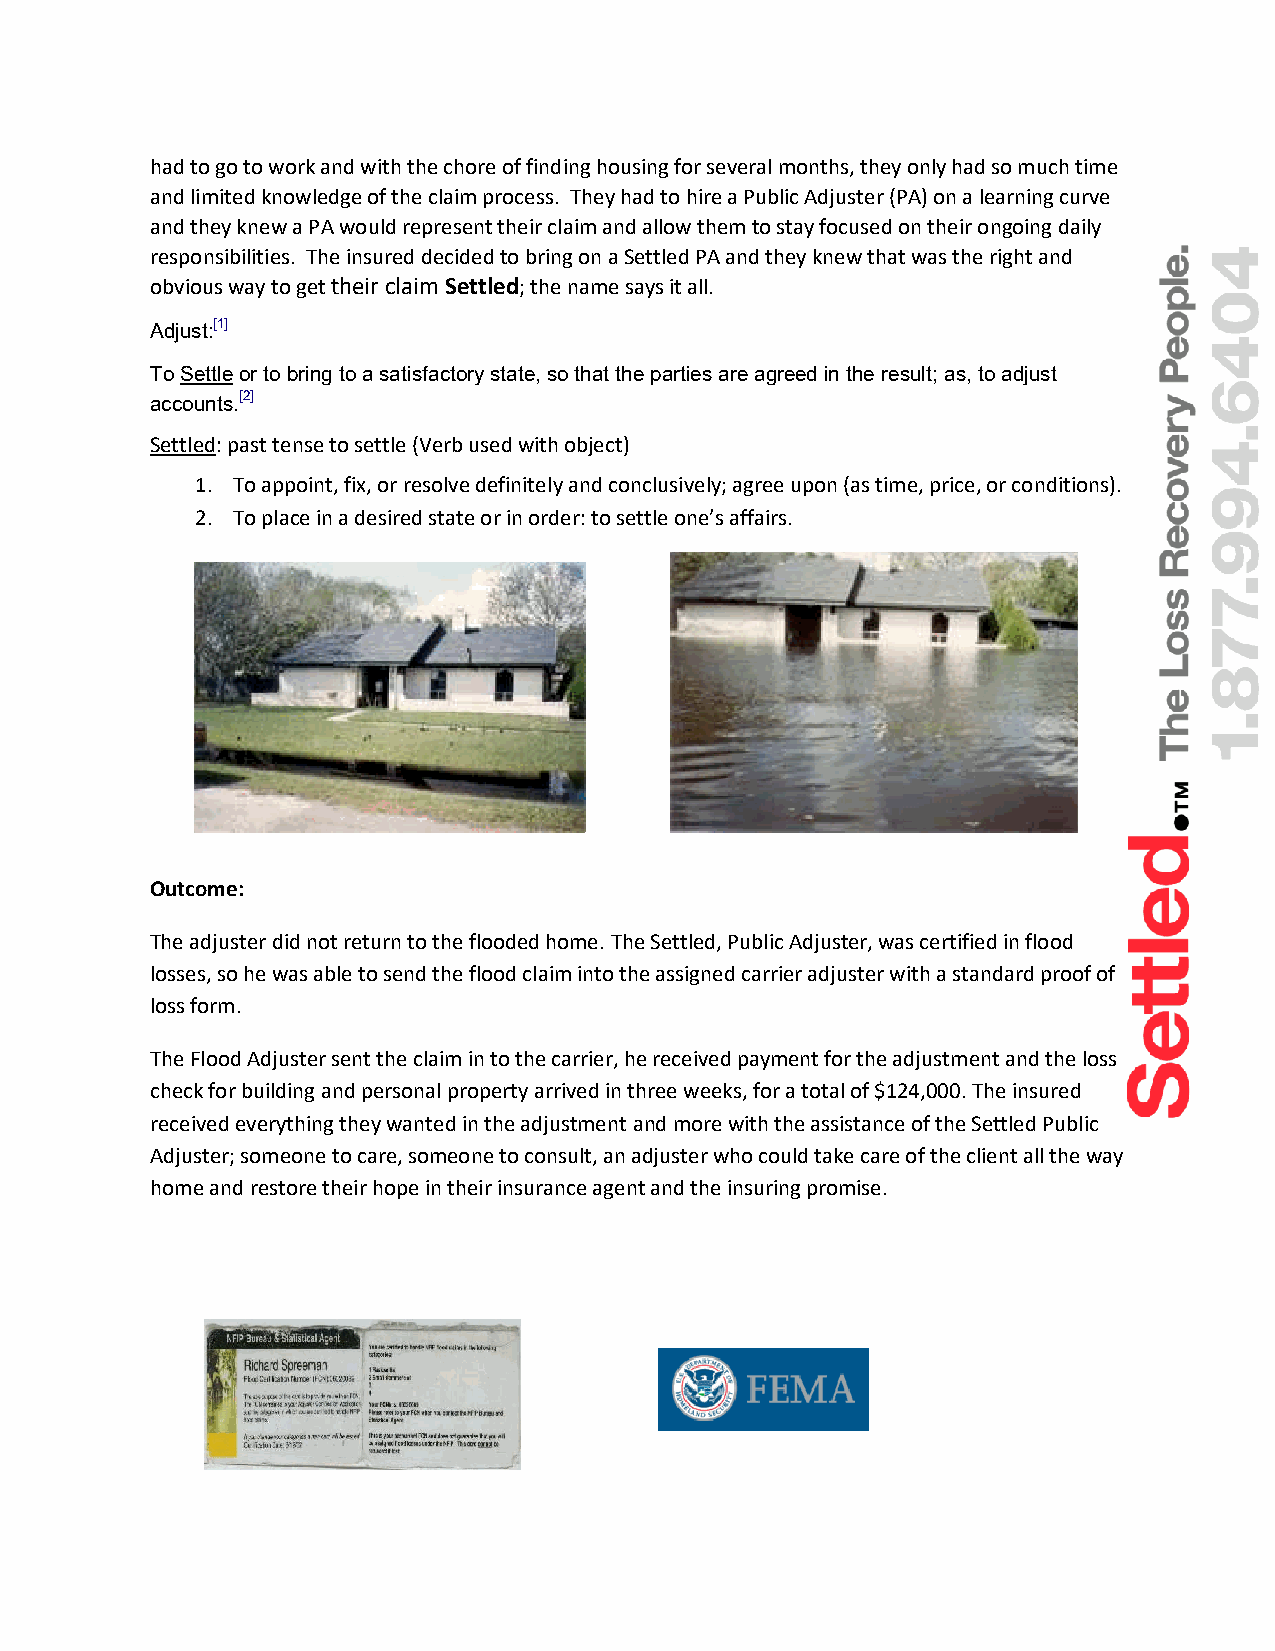
had to go to work and with the chore of finding housing for several months, they only had so much time
 and limited knowledge of the claim process. They had to hire a Public Adjuster (PA) on a learning curve
 and they knew a PA would represent their claim and allow them to stay focused on their ongoing daily
 responsibilities. The insured decided to bring on a Settled PA and they knew that was the right and
 obvious way to get their claim Settled; the name says it all.
 Adjust:[1]
 To Settle or to bring to a satisfactory state, so that the parties are agreed in the result; as, to adjust
 accounts.[2]
 Settled: past tense to settle (Verb used with object)
 1. To appoint, fix, or resolve definitely and conclusively; agree upon (as time, price, or conditions).
 2. To place in a desired state or in order: to settle one’s affairs.
 Outcome:
 The adjuster did not return to the flooded home. The Settled, Public Adjuster, was certified in flood
 losses, so he was able to send the flood claim into the assigned carrier adjuster with a standard proof of
 loss form.
 The Flood Adjuster sent the claim in to the carrier, he received payment for the adjustment and the loss
 check for building and personal property arrived in three weeks, for a total of $124,000. The insured
 received everything they wanted in the adjustment and more with the assistance of the Settled Public
 Adjuster; someone to care, someone to consult, an adjuster who could take care of the client all the way
 home and restore their hope in their insurance agent and the insuring promise.